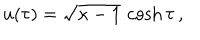
u ( \tau ) = \sqrt { \kappa - 1 } \, \cosh \tau \, ,